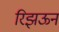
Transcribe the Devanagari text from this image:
रिझऊन